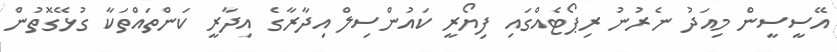
އޭސީސީން މިއަދު ނެރުނު ރިޕޯޓެއްގައި ފިޔޯރީ ކައުންސިލް އިދާރާގެ އިދާރީ ކަންތައްތަކާ ގުޅޭގޮތުން